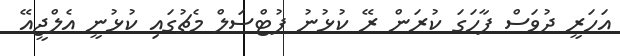
އަހަރީ ދުވަސް ފާހަގަ ކުރަން ރޭ ކުޅުނު ފުޓްސަލް މެޗުގައި ކުޅުނީ އެލްޖީއޭ